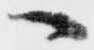
へ